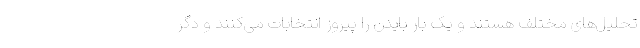
تحلیل‌های مختلف هستند و یک بار بایدن را پیروز انتخابات می‌کنند و دگر